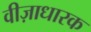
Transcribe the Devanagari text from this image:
वीज़ाधारक